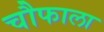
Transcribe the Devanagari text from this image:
चौफाला